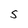
Character: S